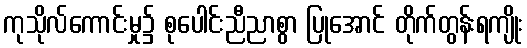
ကုသိုလ်ကောင်းမှု၌ စုပေါင်းညီညာစွာ ပြုအောင် တိုက်တွန်းရကျိုး